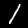
Digit: 1